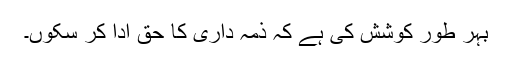
بہر طور کوشش کی ہے کہ ذمہ داری کا حق ادا کر سکوں۔